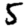
Digit: 5